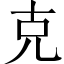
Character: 克